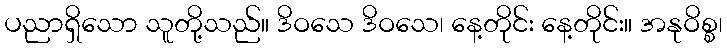
ပညာရှိသော သူတို့သည်။ ဒိဝသေ ဒိဝသေ၊ နေ့တိုင်း နေ့တိုင်း။ အနုဝိစ္စ၊